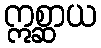
ဣစ္ဆာယ